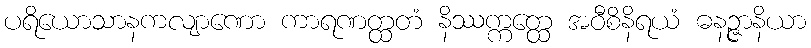
ပရိယောသာနကလျာဏော ကာရဏတ္ထတံ နိဿက္ကတ္ထေ အဝီစိနိရယံ ဓနဉ္ဇာနိယာ